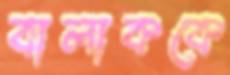
বালাককে